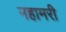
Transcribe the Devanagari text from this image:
महामरी